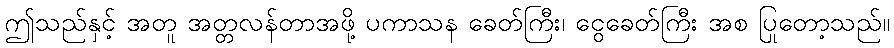
ဤသည်နှင့် အတူ အတ္တလန်တာအဖို့ ပကာသန ခေတ်ကြီး၊ ငွေခေတ်ကြီး အစ ပြုတော့သည်။